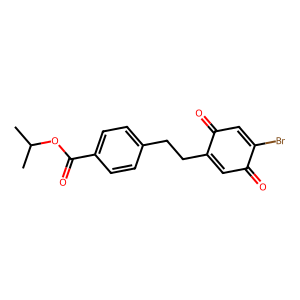
SMILES: CC(C)OC(=O)c1ccc(CCC2=CC(=O)C(Br)=CC2=O)cc1
Inhibits HIV replication: No